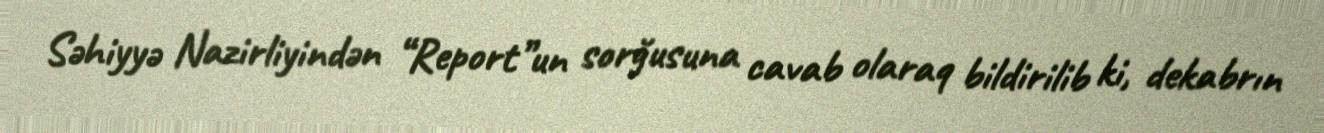
Səhiyyə Nazirliyindən “Report”un sorğusuna cavab olaraq bildirilib ki, dekabrın